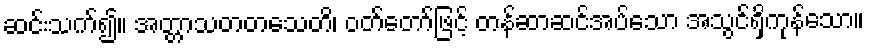
ဆင်းသက်၍။ အတ္တာသတတသေတိ၊ ဝတ်တော်ဖြင့် တန်ဆာဆင်အပ်သော အသွင်ရှိကုန်သော။